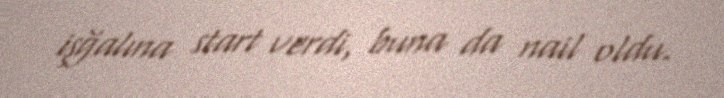
işğalına start verdi, buna da nail oldu.